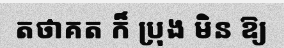
តថាគត ក៏ ប្រុង មិន ឱ្យ